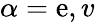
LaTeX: \alpha=\mathrm{e},v